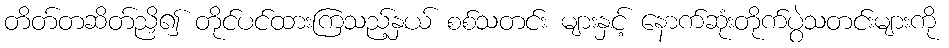
တိတ်တဆိတ်ညှိ၍ တိုင်ပင်ထားကြသည့်နှယ် စစ်သတင်း များနှင့် နောက်ဆုံးတိုက်ပွဲသတင်းများကို